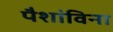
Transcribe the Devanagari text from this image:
पैशांविना